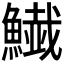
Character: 𩻅